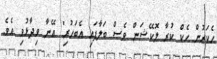
ހެކަރުން ހެކް ކުރާ ލޮކޭޝަން ވެސް ބަލާފައި އެބަހުރި" އޭނާ ވިދާޅުވި އެވެ.